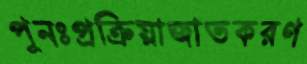
পুনঃপ্রক্রিয়াজাতকরণ